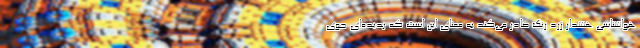
هواشناسی هشدار زرد رنگ صادر می‌کند به معنای این است که پدیده‌ای جوی